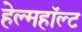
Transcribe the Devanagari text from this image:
हेल्महॉल्ट